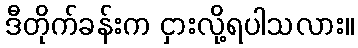
ဒီတိုက်ခန်းက ငှားလို့ရပါသလား။